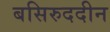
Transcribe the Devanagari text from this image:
बसिरुददीन